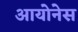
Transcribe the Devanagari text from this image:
आयोनेस